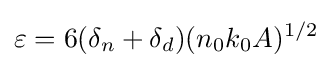
\varepsilon =6(\delta _{n}+\delta _{d})(n_{0}k_{0}A)^{1/2}